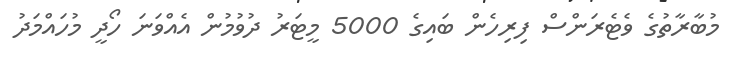
މުބާރާތުގެ ވެޓެރަންސް ފިރިހެން ބައިގެ 5000 މީޓަރު ދުވުމުން އެއްވަނަ ހޯދީ މުހައްމަދު